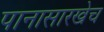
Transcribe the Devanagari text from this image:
पानासारखेच